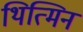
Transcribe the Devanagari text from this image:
थित्मिन